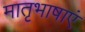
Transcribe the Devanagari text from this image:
मातृभाषाएं